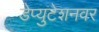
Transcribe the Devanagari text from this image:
डेप्युटेशनवर